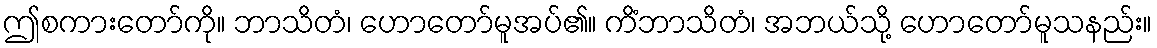
ဤစကားတော်ကို။ ဘာသိတံ၊ ဟောတော်မူအပ်၏။ ကိံဘာသိတံ၊ အဘယ်သို့ ဟောတော်မူသနည်း။